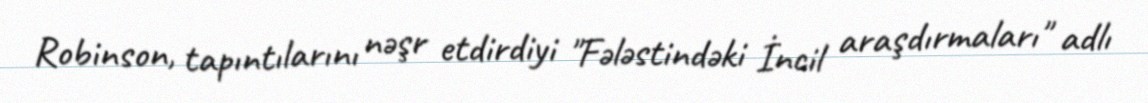
Robinson, tapıntılarını nəşr etdirdiyi "Fələstindəki İncil araşdırmaları" adlı